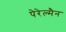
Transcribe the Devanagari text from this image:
पेरेल्मैन